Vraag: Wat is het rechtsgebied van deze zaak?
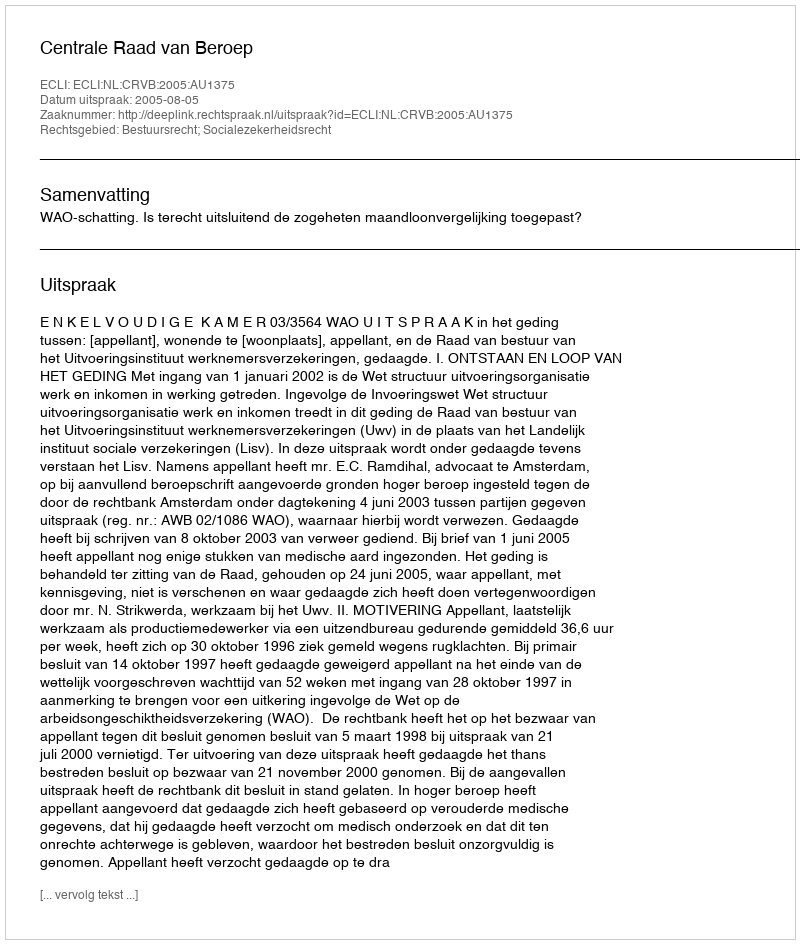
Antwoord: Bestuursrecht; Socialezekerheidsrecht